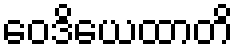
ဝေဒိယေထာတိ